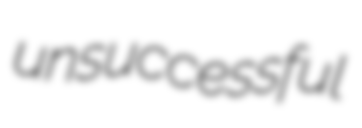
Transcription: unsuccessful